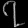
Digit: ၇